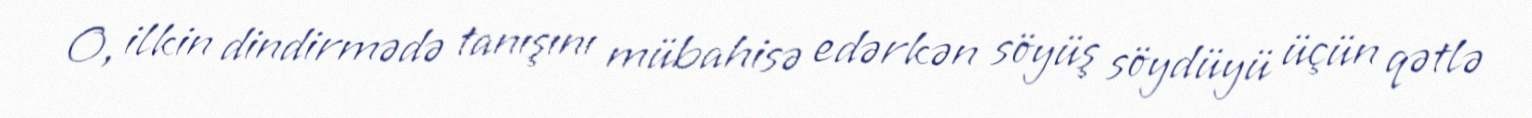
O, ilkin dindirmədə tanışını mübahisə edərkən söyüş söydüyü üçün qətlə